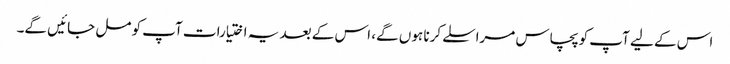
اس کے لیے آپ کو پچاس مراسلے کرنا ہوں گے، اس کے بعد یہ اختیارات آپ کو مل جائیں گے۔